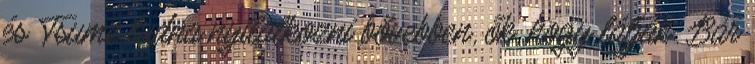
és Tsume tudna nyilatkozni bővebben, ők, hogy látják. Bár